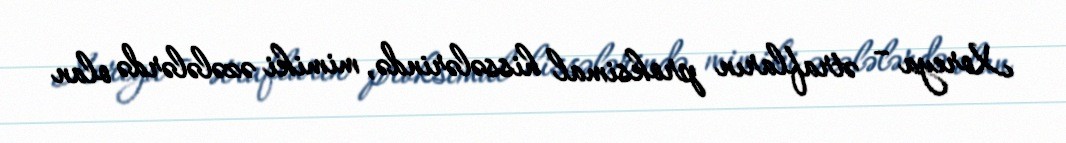
Xoreya – ətrafların proksimal hissələrində, mimiki əzələlərdə olan